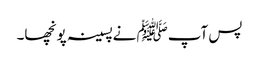
پس آپﷺ نےپسینہ پونچھا۔